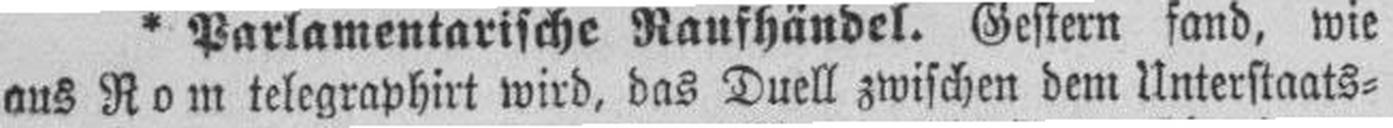
aus Rom telegraphirt wird, das Duell zwischen dem Unterstaats¬